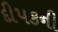
દીપકની